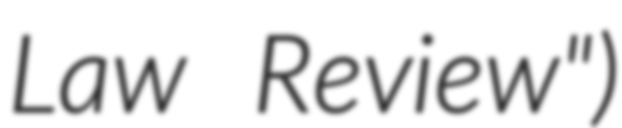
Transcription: Law Review")